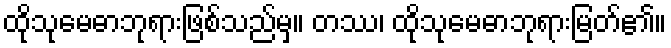
ထိုသုမေဓာဘုရားဖြစ်သည်မှ။ တဿ၊ ထိုသုမေဓာဘုရားမြတ်၏။